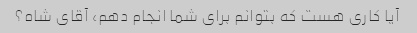
آیا کاری هست که بتوانم برای شما انجام دهم، آقای شاه؟